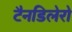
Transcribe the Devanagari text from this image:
टैनडिलेरो